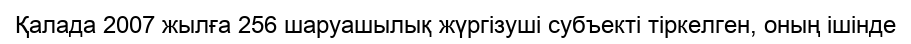
Қалада 2007 жылға 256 шаруашылық жүргізуші субъекті тіркелген, оның ішінде